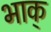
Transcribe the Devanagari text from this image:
भाक्‌